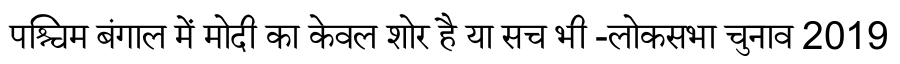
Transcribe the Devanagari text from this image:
पश्चिम बंगाल में मोदी का केवल शोर है या सच भी -लोकसभा चुनाव 2019